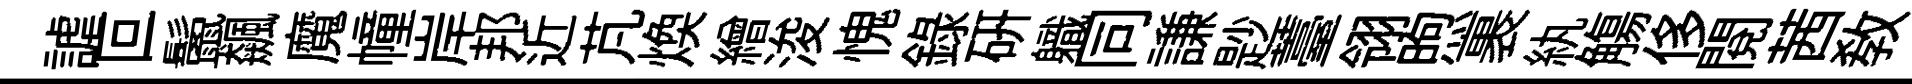
謔叵鬛飆魔幢岸邦近芃焕繒浚愧録研軄同謙尟薹翎煦裹紈觴侈閲茜敎